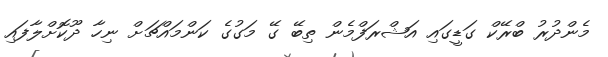
މެންދުރު ބްރޭކް ގަޑީގައި އަޝްރަފްމެން ތިބޭ ގޭ މަގުގެ ކަންމައްޗަށް ނިހާ ދޫކޮށްލާފައި